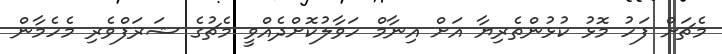
މެޗަށް ފަހު މޮޅު ކުޅުންތެރިޔާ އަށް އިނާމް ހަވާލުކޮށްދެއްވީ މެޗުގެ ޝަރަފްވެރި މެހެމާން